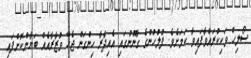
ސޯލިހް ވަކިކުރައްވާފައިވާ ކަމަށެވެ. ފުލުހުންގެ ގާނޫނުގައި އެއިދާރާ ހިންގަން ޖެހޭ ވުޒާރާއެއް ބަޔާންކޮށްފައި